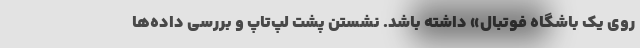
روی یک باشگاه فوتبال» داشته باشد. نشستن پشت لپ‌تاپ و بررسی داده‌ها